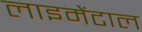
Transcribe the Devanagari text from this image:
लाइमेंटाल